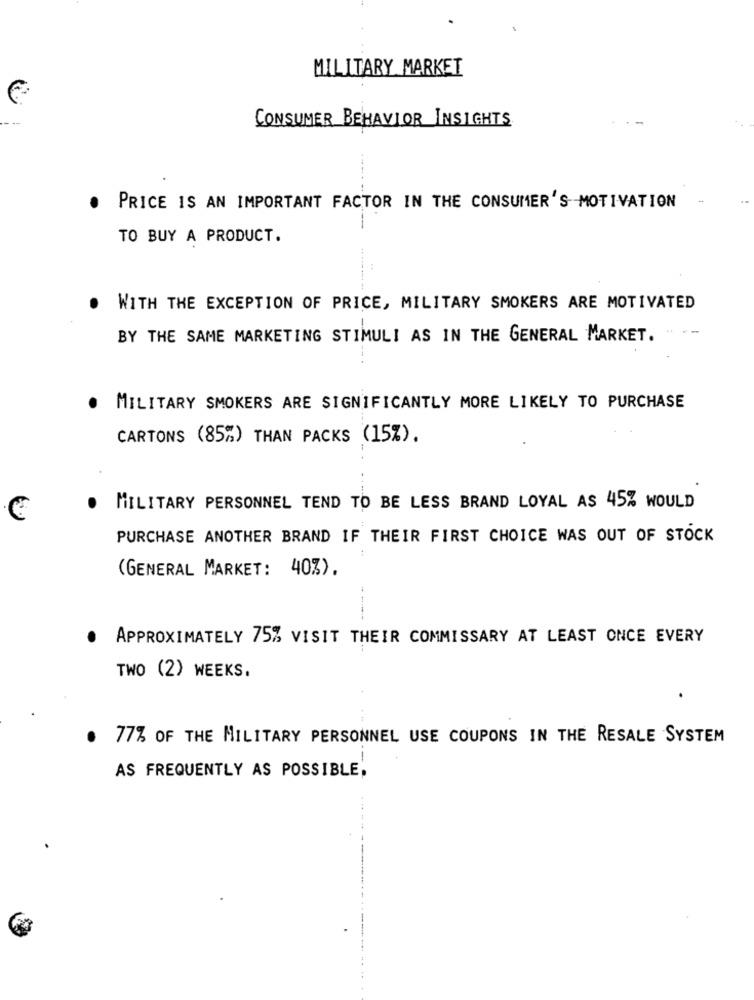
MILITARY MARKET
CONSUMER BEHAVIOR INSIGHTS
.
PRICE IS AN IMPORTANT FACTOR IN THE CONSUMER'S MOTIVATION
TO BUY A PRODUCT.
WITH THE EXCEPTION OF PRICE, MILITARY SMOKERS ARE MOTIVATED
-
- --
BY THE SAME MARKETING STIMULI AS IN THE GENERAL MARKET.
. MILITARY SMOKERS ARE SIGNIFICANTLY MORE LIKELY TO PURCHASE
CARTONS (85%) THAN PACKS (15%).
....
.
MILITARY PERSONNEL TEND TO BE LESS BRAND LOYAL AS 45% WOULD
€
PURCHASE ANOTHER BRAND IF THEIR FIRST CHOICE WAS OUT OF STOCK
(GENERAL MARKET: 40%).
-----
.
APPROXIMATELY 75% VISIT THEIR COMMISSARY AT LEAST ONCE EVERY
TWO (2) WEEKS.
. 77% OF THE MILITARY PERSONNEL USE COUPONS IN THE RESALE SYSTEM
--
AS FREQUENTLY AS POSSIBLE,